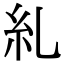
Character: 糺